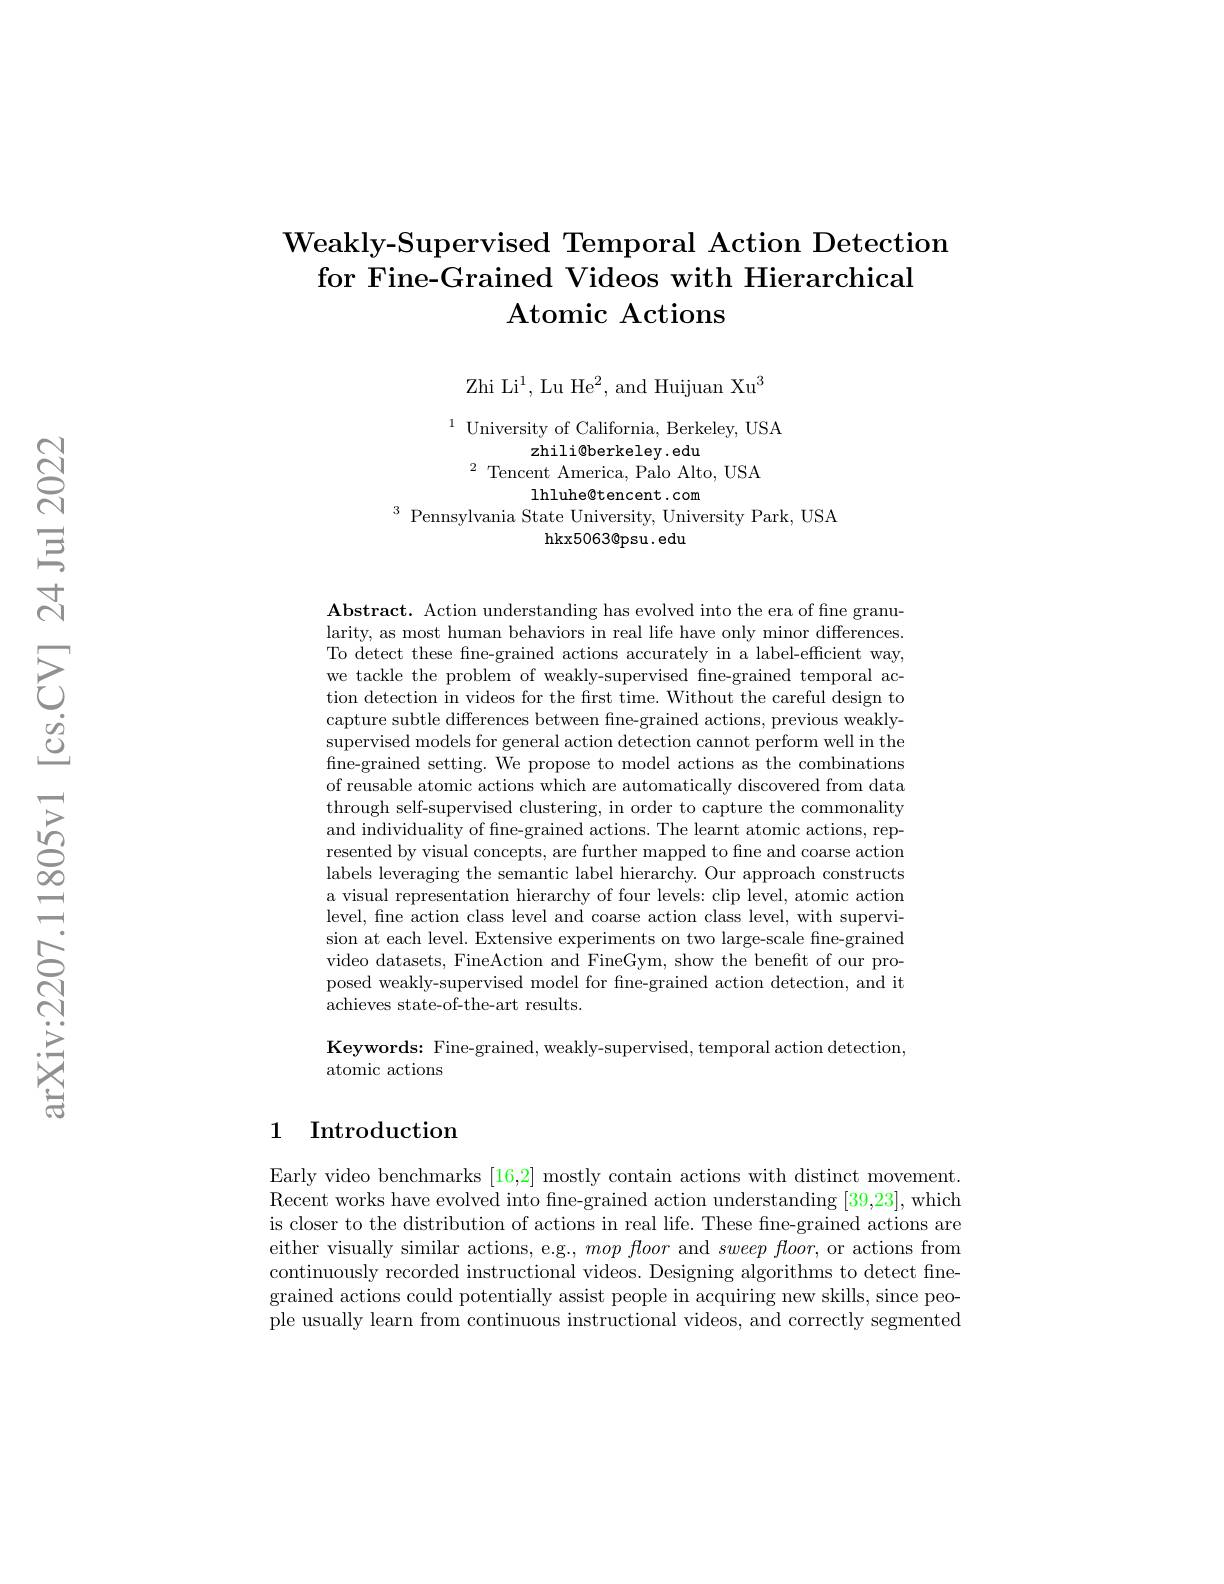
# Weakly- Supervised Temporal Action Detection for Fine-Grained Videos with Hierarchical Atomic Actions

Zhi Li$^1$, Lu He$^2$, and Huijuan Xu$^3$

$^{1}$ University of California, Berkeley, USA
zhili@berkeley.edu
$^2$ Tencent America, Palo Alto, USA
lhluhe@tencent.com
$^{3}$ Pennsylvania State University, University Park, USA
hkx5063@psu.edu

Abstract. Action understanding has evolved into the era of fine granularity, as most human behaviors in real life have only minor differences To detect these fne-grained actions accurately in a label-efficient way, we tackle the problem of weakly-supervised fne-grained temporal action detection in videos for the first time. Without the careful design to capture subtle differences between fine-grained actions, previous weaklysupervised models for general action detection cannot perform well in the fine-grained setting. We propose to model actions as the combinations of reusable atomic actions which are automatically discovered from data through self-supervised clustering, in order to capture the commonality and individuality of fine-grained actions. The learnt atomic actions, represented by visual concepts, are further mapped to fine and coarse action labels leveraging the semantic label hierarchy. Our approach constructs a visual representation hierarchy of four levels: clip level, atomic action level, fine action class level and coarse action class level, with supervision at each level. Extensive experiments on two large-scale fine-grained video datasets, FineAction and FineGym, show the benefit of our proposed weakly-supervised model for fne-grained action detection, and it achieves state-of-the-art results.

Keywords: Fine-grained, weakly-supervised, temporal action detection,
atomic actions

## 1 Introduction

Early video benchmarks [16,2] mostly contain actions with distinct movement. Recent works have evolved into fne- grained action understanding [ 39, 23] , which is closer to the distribution of actions in real life. These fine-grained actions are either visually similar actions, e.g., $mop\textit{floor and }sweep\textit{floor, or actions from}$ continuously recorded instructional videos. Designing algorithms to detect finegrained actions could potentially assist people in acquiring new skills, since people usually learn from continuous instructional videos, and correctly segmented